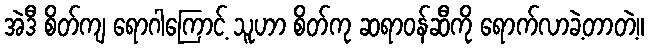
အဲဒီ စိတ်ကျ ရောဂါကြောင့် သူဟာ စိတ်ကု ဆရာဝန်ဆီကို ရောက်လာခဲ့တာတဲ့။